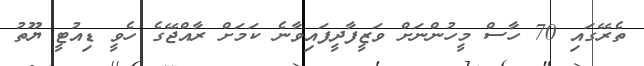
ތެރޭގައި 70 ހާސް މީހުންނަށް ވަޒީފާދީފައިވާނެ ކަމަށް ރާއްޖޭގެ ހެވީ ޑިއުޓީ ޔޫތު